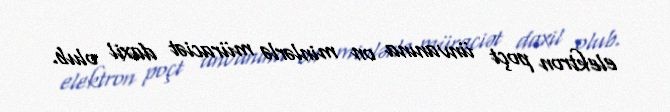
elektron poçt ünvanına on minlərlə müraciət daxil olub.